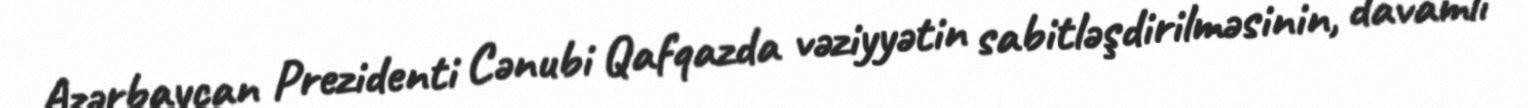
Azərbaycan Prezidenti Cənubi Qafqazda vəziyyətin sabitləşdirilməsinin, davamlı